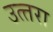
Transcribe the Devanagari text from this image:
उत्‍तरा